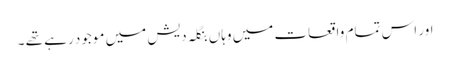
اور اس تمام واقعات میں وہاں بنگلہ دیش میں موجود رہے تھے ۔